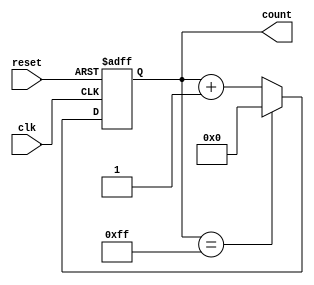
module binary_counter (
    input clk,
    input reset,
    output reg [7:0] count
);

always @(posedge clk or posedge reset) begin
    if (reset) begin
        count <= 8'b0;
    end else begin
        if (count == 8'b11111111) begin
            count <= 8'b0;
        end else begin
            count <= count + 1;
        end
    end
end

endmodule